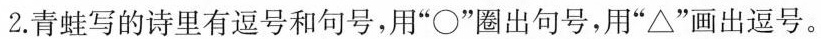
2.青蛙写的诗里有逗号和句号，用”○”圈出句号，用”△”画出逗号。